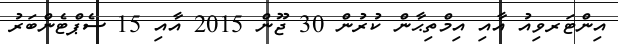
އިންޓަރވިއު އާއި އިމްތިޙާން ކުރުން 30 ޖޫން 2015 އާއި 15 ސެޕްޓެންބަރު